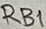
Text: RB1